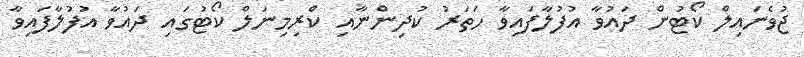
ޖުވެނައިލް ކޯޓުން ދައުވާ އުފުލާފައިވާ ހަތަރު ކުދިންނާއި ކްރިމިނަލް ކޯޓުގައި ދައުވާ އުފުލާފައިވާ